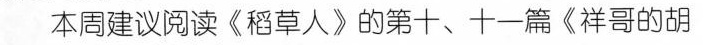
本周建议阅读《稻草人》的第十、十一篇《祥哥的胡